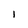
Character: l